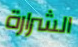
الشرارة